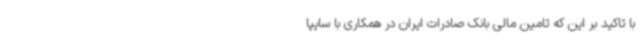
با تاکید بر این که تامین مالی بانک صادرات ایران در همکاری با سایپا